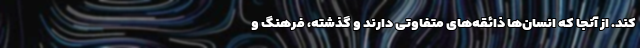
کند. از آنجا که انسان‌ها ذائقه‌های متفاوتی دارند و گذشته، فرهنگ و